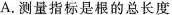
A.测量指标是根的总长度